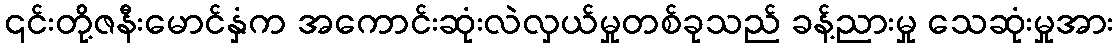
၎င်းတို့ဇနီးမောင်နှံက အကောင်းဆုံးလဲလှယ်မှုတစ်ခုသည် ခန့်ညားမှု သေဆုံးမှုအား